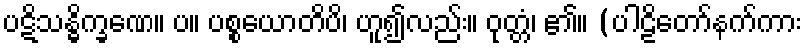
ပဋိသန္ဓိက္ခဏေ။ ပ။ ပစ္စယောတိပိ၊ ဟူ၍လည်း။ ဝုတ္တံ၊ ၏။ (ပါဠိတော်နက်ကား